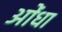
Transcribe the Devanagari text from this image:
ओंधा